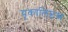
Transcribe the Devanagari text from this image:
यूकालिप्टस